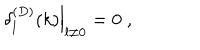
LaTeX: \left. \delta _ { l } ^ { ( D ) } ( k ) \right| _ { l \neq 0 } = 0 \; ,